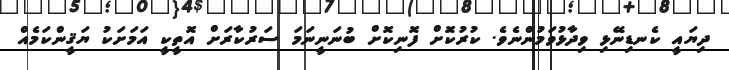
ދިޔައީ ކެނޑިނޭޅި ވިދާޅުވަމުންނެވެ. ކުރުކަޮށް ފޮނިކޮށް ބުނަނީނަމަ ސަރުކާރަށް އޮތީކީ އަމަށަކު ޔަޤީންކަމެއް